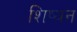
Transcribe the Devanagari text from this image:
शिष्यन